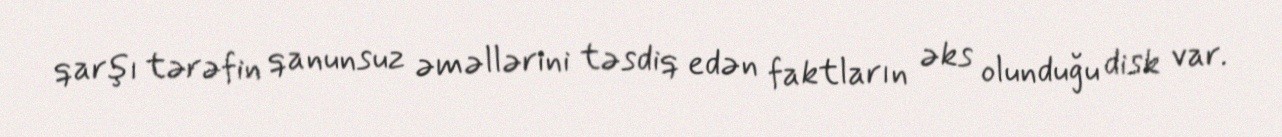
qarşı tərəfin qanunsuz əməllərini təsdiq edən faktların əks olunduğu disk var.